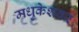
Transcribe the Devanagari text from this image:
मधुकेशवर